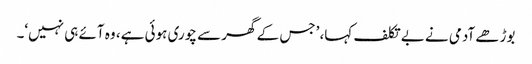
بوڑھے آدمی نے بے تکلف کہا، ’جس کے گھر سے چوری ہوئی ہے، وہ آئے ہی نہیں‘۔